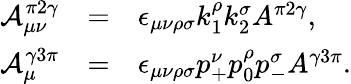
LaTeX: \begin{array}{rcl}{{\displaystyle{\cal A}_{\mu\nu}^{\pi 2\gamma}}}&{{=}}&{{\epsilon_{\mu\nu\rho\sigma}k_{1}^{\rho}k_{2}^{\sigma}A^{\pi 2\gamma},}}\\ {{\displaystyle{\cal A}_{\mu}^{\gamma 3\pi}}}&{{=}}&{{\epsilon_{\mu\nu\rho\sigma}p_{+}^{\nu}p_{0}^{\rho}p_{-}^{\sigma}A^{\gamma 3\pi}.}}\end{array}